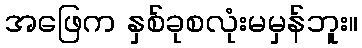
အဖြေက နှစ်ခုစလုံးမမှန်ဘူး။